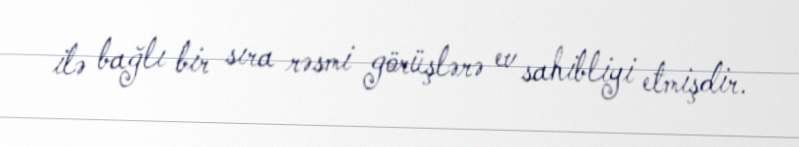
ilə bağlı bir sıra rəsmi görüşlərə ev sahibliyi etmişdir.